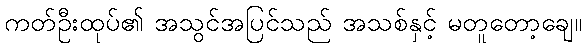
ကတ်ဦးထုပ်၏ အသွင်အပြင်သည် အသစ်နှင့် မတူတော့ချေ။